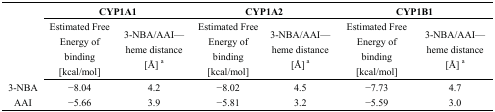
<table><thead><tr><td></td><td colspan="2"><b>CYP1A1</b></td><td colspan="2"><b>CYP1A2</b></td><td colspan="2"><b>CYP1B1</b></td></tr></thead><tbody><tr><td></td><td>Estimated Free Energy of binding [kcal/mol]</td><td>3-NBA/AAI—heme distance [Å] <sup>a</sup></td><td>Estimated Free Energy of binding [kcal/mol]</td><td>3-NBA/AAI—heme distance [Å]<sup> a</sup></td><td>Estimated Free Energy of binding [kcal/mol]</td><td>3-NBA/AAI—heme distance [Å] <sup>a</sup></td></tr><tr><td>3-NBA</td><td>−8.04</td><td>4.2</td><td>−8.02</td><td>4.5</td><td>−7.73</td><td>4.7</td></tr><tr><td>AAI</td><td>−5.66</td><td>3.9</td><td>−5.81</td><td>3.2</td><td>−5.59</td><td>3.0</td></tr></tbody></table>